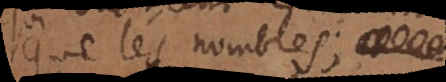
que les nombres;